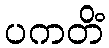
ပကတိံ